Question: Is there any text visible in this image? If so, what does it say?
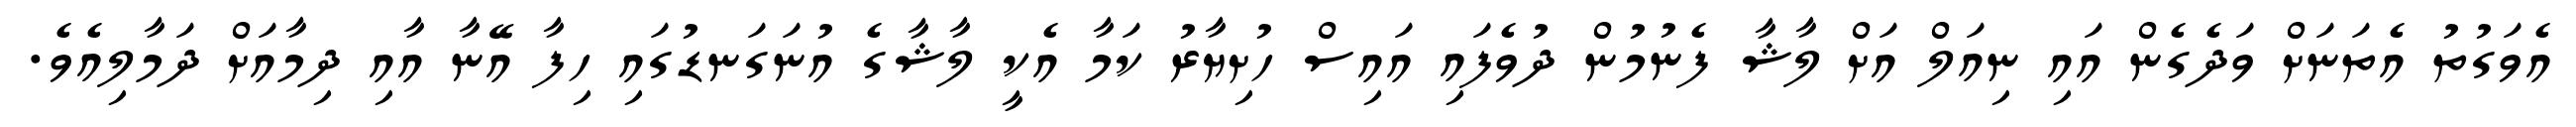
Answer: އެވަގުތު އެތަނަށް ވަދެގެން އައި ނިއަލް އަށް ލާޝާ ފެނުމުން ދުވެފައި އައިސް ހުށިޔާރު ކަމާ އެކީ ލާޝާގެ އުނަގަނޑުގައި ހިފާ އޭނާ އާއި ދިމާއަށް ދަމާލިއެވެ.